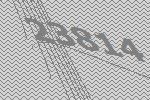
23814